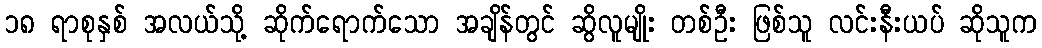
၁၈ ရာစုနှစ် အလယ်သို့ ဆိုက်ရောက်သော အချိန်တွင် ဆွိလူမျိုး တစ်ဦး ဖြစ်သူ လင်းနီးယပ် ဆိုသူက